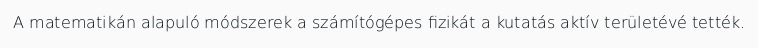
A matematikán alapuló módszerek a számítógépes fizikát a kutatás aktív területévé tették.